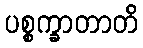
ပစ္စက္ခာတာတိ